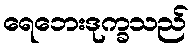
ရေဘေးဒုက္ခသည်